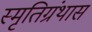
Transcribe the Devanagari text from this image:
स्मृतिग्रंथास